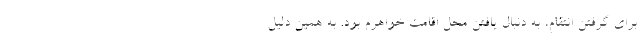
برای گرفتن انتقام، به دنبال یافتن محل اقامت خواهرم بود. به همین دلیل